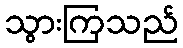
သွားကြသည်